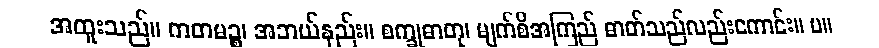
အထူးသည်။ ကတမဉ္စ၊ အဘယ်နည်း။ စက္ခုဓာတု၊ မျက်စိအကြည် ဓာတ်သည်လည်းကောင်း။ ပ။